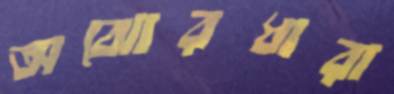
অঝোরধারা